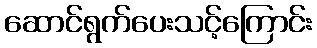
ဆောင်ရွက်ပေးသင့်ကြောင်း